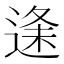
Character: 𮞦